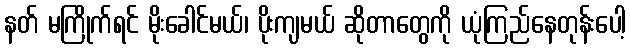
နတ် မကြိုက်ရင် မိုးခေါင်မယ်၊ ပိုးကျမယ် ဆိုတာတွေကို ယုံကြည်နေတုန်းပေါ့